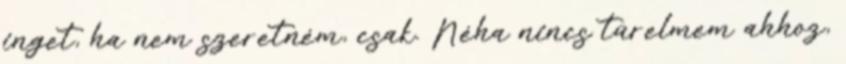
inget, ha nem szeretném, csak. Néha nincs türelmem ahhoz,